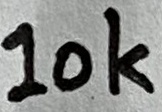
Text: 10K